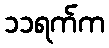
၁၁ရက်က